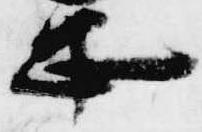
忠